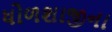
ધોળશાજીના